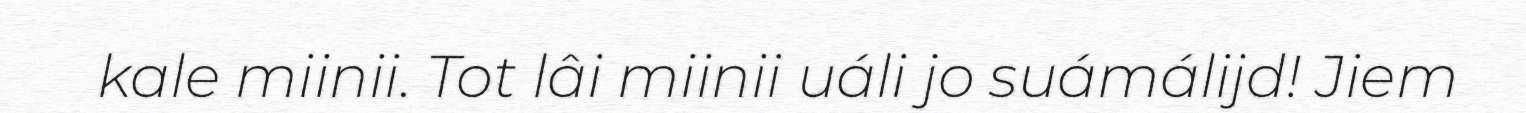
kale miinii. Tot lâi miinii uáli jo suámálijd! Jiem